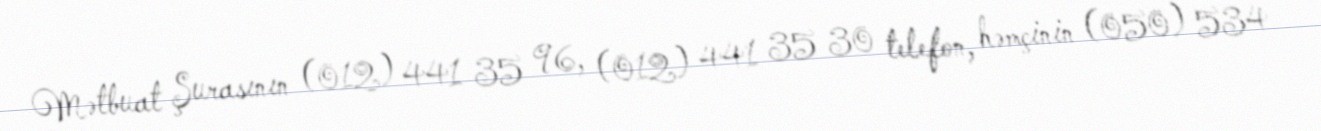
Mətbuat Şurasının (012) 441 35 96, (012) 441 35 30 telefon, həmçinin (050) 534